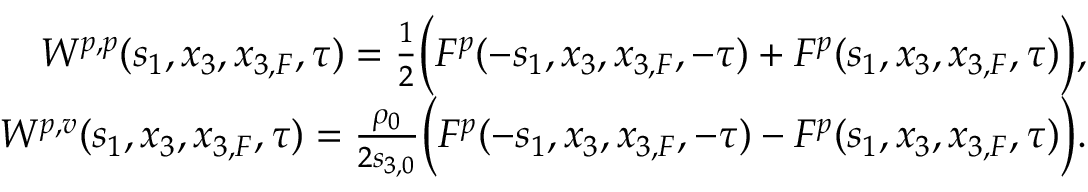
\begin{array} { r l r } & { } & { W ^ { p , p } ( s _ { 1 } , x _ { 3 } , x _ { 3 , F } , \tau ) = \frac { 1 } { 2 } \Bigl ( F ^ { p } ( - s _ { 1 } , x _ { 3 } , x _ { 3 , F } , - \tau ) + F ^ { p } ( s _ { 1 } , x _ { 3 } , x _ { 3 , F } , \tau ) \Bigr ) , } \\ & { } & { W ^ { p , v } ( s _ { 1 } , x _ { 3 } , x _ { 3 , F } , \tau ) = \frac { \rho _ { 0 } } { 2 s _ { 3 , 0 } } \Bigl ( F ^ { p } ( - s _ { 1 } , x _ { 3 } , x _ { 3 , F } , - \tau ) - F ^ { p } ( s _ { 1 } , x _ { 3 } , x _ { 3 , F } , \tau ) \Bigr ) . } \end{array}